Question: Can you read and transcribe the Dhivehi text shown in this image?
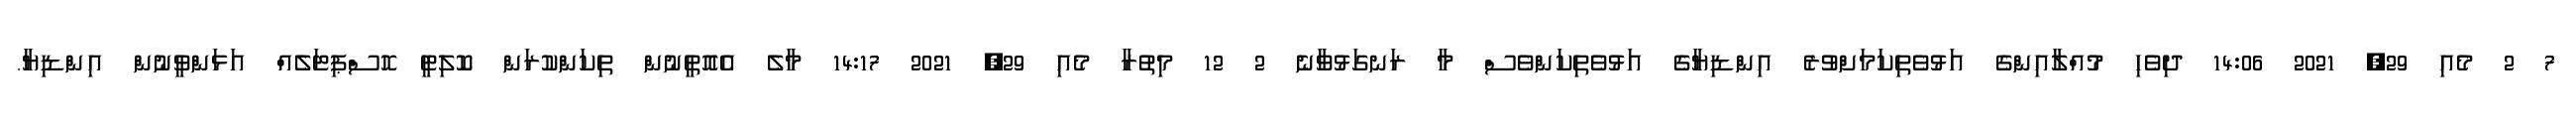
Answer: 7 2 މެއި 29, 2021 14:06 ދިވެހި މުއްލާއިންގެ އަޅުވެތިކަމަށްވުރެ އިންޑިޔާގެ އަޅުވެތިކަންވެސް މާ ރަނގަޅުވާނެ 2 12 މިތުރާ މެއި 29, 2021 14:17 މާލެ އެއޮތީނުން ތިކަންކުރަން ކޮލިޓީ ހޮސްޕިޓަލެއް އަޅަންވީނުން އިންޑިޔާ.